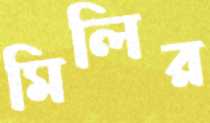
মিলির